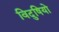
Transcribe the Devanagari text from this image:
विदुषियो